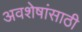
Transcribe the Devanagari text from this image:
अवशेषांसाठी